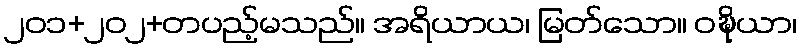
၂၀၁+၂၀၂+တပည့်မသည်။ အရိယာယ၊ မြတ်သော။ ဝဍ္ဎိယာ၊